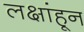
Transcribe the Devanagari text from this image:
लक्षांहून